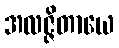
အလဇ္ဇိတာယေ